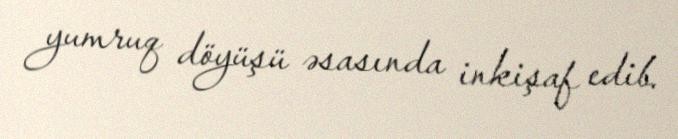
yumruq döyüşü əsasında inkişaf edib.